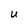
Character: U